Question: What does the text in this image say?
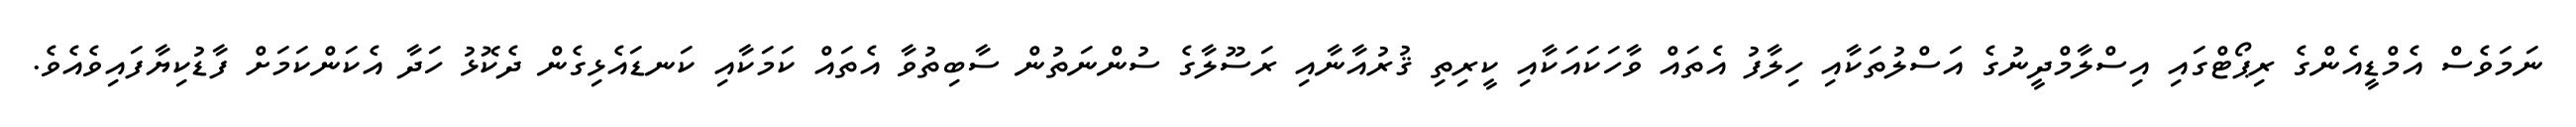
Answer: ނަމަވެސް އެމްޑީއެންގެ ރިޕޯޓްގައި އިސްލާމްދީނުގެ އަސްލުތަކާއި ހިލާފު އެތައް ވާހަކައަކާއި ކީރިތި ޤުރުއާނާއި ރަސޫލާގެ ސުންނަތުން ސާބިތުވާ އެތައް ކަމަކާއި ކަނޑައެޅިގެން ދެކޮޅު ހަދާ އެކަންކަމަށް ފާޑުކިޔާފައިވެއެވެ.